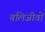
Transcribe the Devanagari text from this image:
बलिजीवों